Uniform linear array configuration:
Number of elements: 4
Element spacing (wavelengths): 0.25
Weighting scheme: binomial
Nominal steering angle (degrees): -30
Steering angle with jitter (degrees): -31.096
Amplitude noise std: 0.05
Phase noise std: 0.05

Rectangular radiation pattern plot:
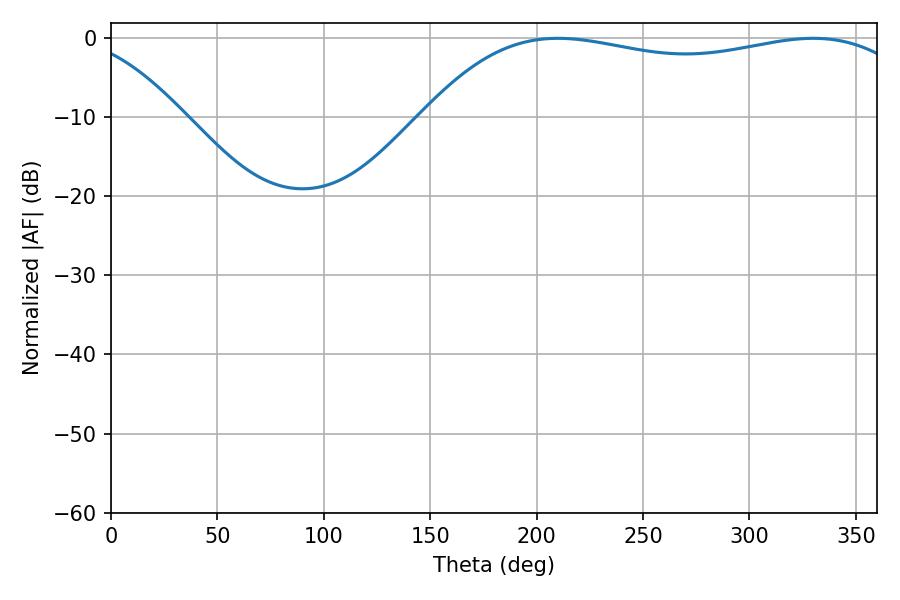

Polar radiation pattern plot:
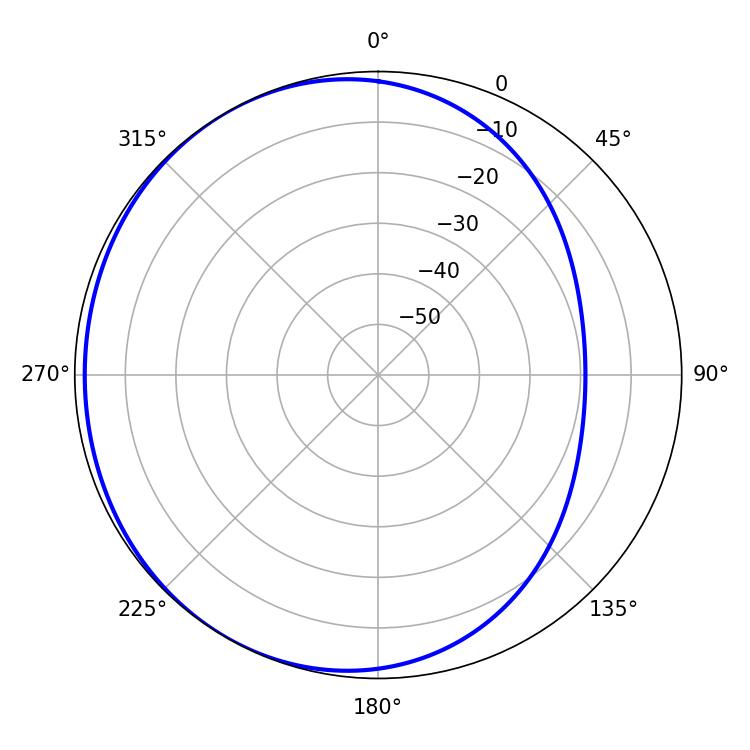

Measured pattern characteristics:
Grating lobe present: FALSE
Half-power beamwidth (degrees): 186.84
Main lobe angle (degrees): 329.94